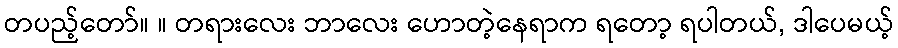
တပည့်တော်။ ။ တရားလေး ဘာလေး ဟောတဲ့နေရာက ရတော့ ရပါတယ်, ဒါပေမယ့်